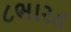
૮ભારત